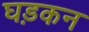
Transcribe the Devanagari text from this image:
घड़कन